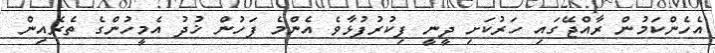
އެހެންކަމުން ރާއްޖޭގައި ހަރުކަށި ދީނީ ފިކުރުފުޅާވެ އެންމެ ފަހުން ޚުދު އެމީހުންގެ ތެރެއިން